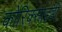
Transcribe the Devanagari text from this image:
कोरिक्साइडी